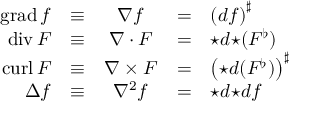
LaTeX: \begin{array} { r c c c l } { \operatorname { g r a d } f } & { \equiv } & { \nabla f } & { = } & { \left( d f \right) ^ { \sharp } } \\ { \operatorname { d i v } F } & { \equiv } & { \nabla \cdot F } & { = } & { { \star d { \star } ( F ^ { \flat } ) } } \\ { \operatorname { c u r l } F } & { \equiv } & { \nabla \times F } & { = } & { \left( { \star } d ( F ^ { \flat } ) \right) ^ { \sharp } } \\ { \Delta f } & { \equiv } & { \nabla ^ { 2 } f } & { = } & { { \star } d { \star } d f } \end{array}